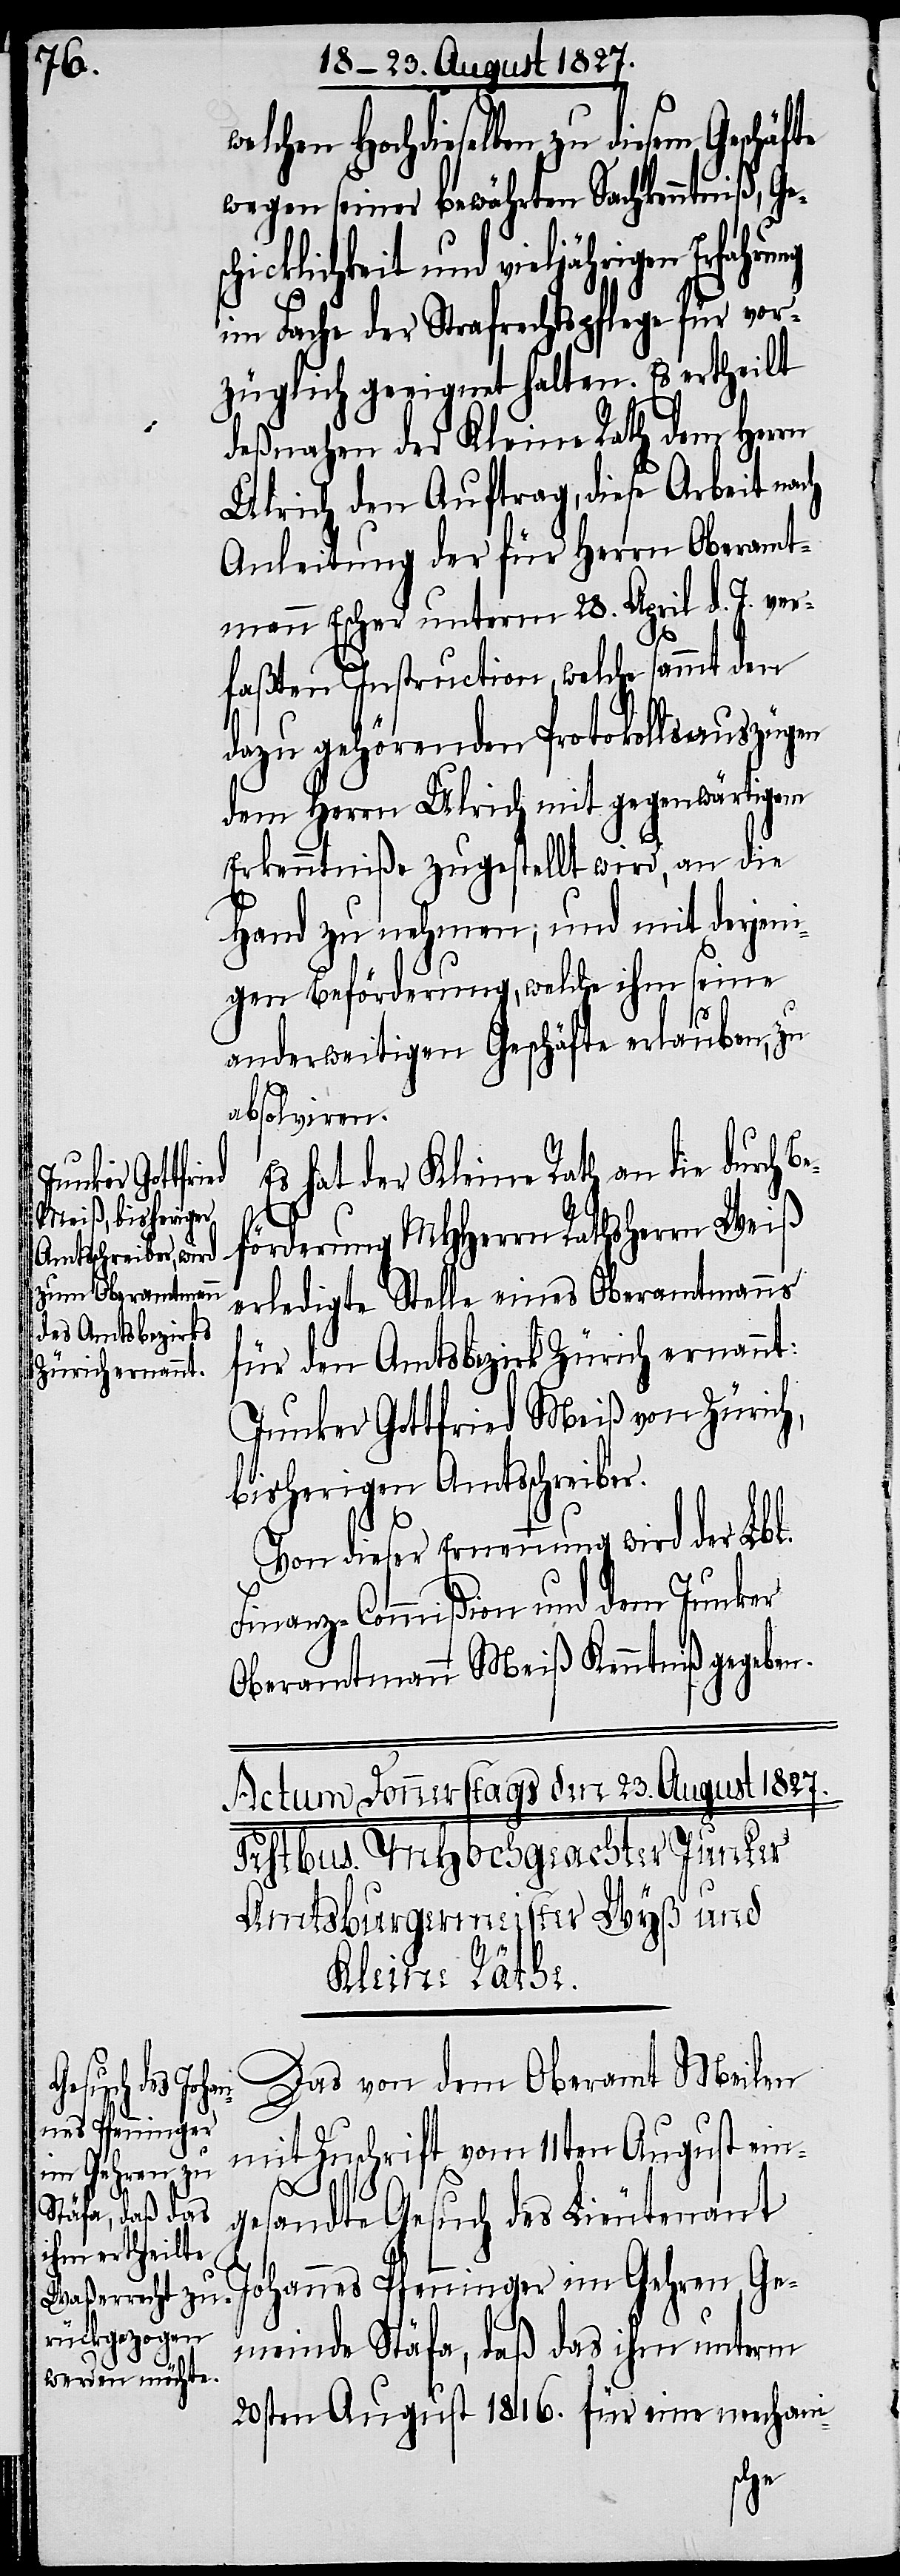
Es hat der Kleine Rath an die durch B¬
förderung MHHerrn Rathsherrn Weiß
erledigte Stelle eines Oberamtmanns
für den Amtsbezirk Zürich ernannt:
Junker Gottfried Meiß von Zürich,
bisherigen Amtsschreiber.
Von dieser Ernennung wird der Lbl.
Finanz-Commißion und dem Junker
Oberamtmann Meiß Kenntniß gegeben.
Das von dem Oberamt Meilen
mit Zuschrift vom 11ten August ein¬
andte Gesuch der Lieutenant
ges¬
Johannes Pfenninger im Gehren, Ge¬
meinde Stäfa, daß das ihm unterm
20sten August 1816. für eine mechani-